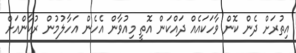
އިތުރަށް ދެން ކޮން ވާހަކައެއް ދައްކަން އޮތީ މިއުވާން އެހެން އަހާލުމުން ރުކާންއަށް